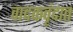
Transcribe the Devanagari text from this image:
वादकवृंदात